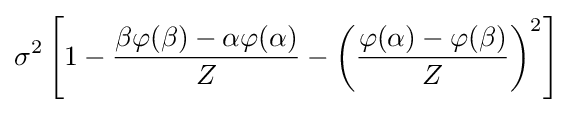
\sigma ^{2}\left[1-{\frac {\beta \varphi (\beta )-\alpha \varphi (\alpha )}{Z}}-\left({\frac {\varphi (\alpha )-\varphi (\beta )}{Z}}\right)^{2}\right]